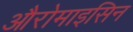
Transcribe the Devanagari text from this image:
औरोमाइसिन